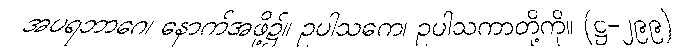
အပရဘာဂေ၊ နောက်အဖို့၌။ ဥပါသကေ၊ ဥပါသကာတို့ကို။ (ဋ္ဌ-၂၉၉)